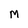
Character: M